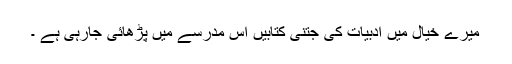
میرے خیال میں ادبیات کی جتنی کتابیں اس مدرسے میں پڑھائی جارہی ہے ۔